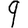
Digit: 9